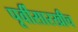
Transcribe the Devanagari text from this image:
पूर्वीसारखीच